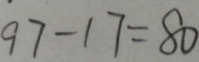
9 7 - 1 7 = 8 0